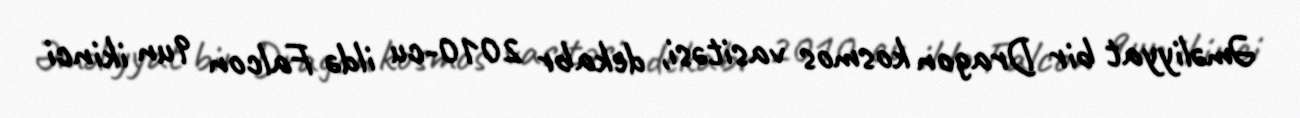
Əməliyyat bir Dragon kosmos vasitəsi, dekabr 2010-cu ildə Falcon 9un ikinci